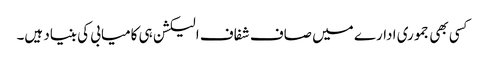
کسی بھی جموری ادارے میں صاف شفاف الیکشن ہی کامیابی کی بنیاد ہیں۔